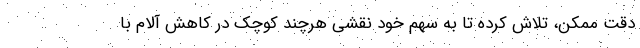
دقت ممكن، تلاش کرده تا به سهم خود نقشی هرچند كوچک در كاهش آلام با